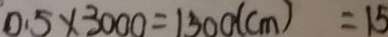
0 . 5 \times 3 0 0 0 = 1 5 0 0 ( c m ) = 1 5